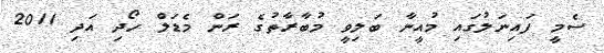
ސެމީ ފައިނަލުގައި މުއީނާ ބަލިވީ މުބާރާތުގެ ރަން މެޑަލް ހޯދި އަދި 2011